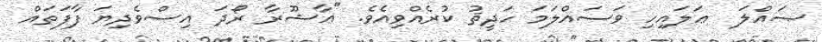
ޞައްލަ  ޢަލައިހި ވަސައްލަމަ ހަދީޘު ކުރެއްވިއެވެ. "ޢާޝޫރާ ރޯދަ އިސްވެދިޔަ ފާފަތައް